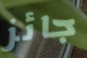
جائز